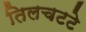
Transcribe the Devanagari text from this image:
तिलचटटे